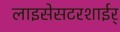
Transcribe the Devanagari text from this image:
लाइसेसटरशाईर्